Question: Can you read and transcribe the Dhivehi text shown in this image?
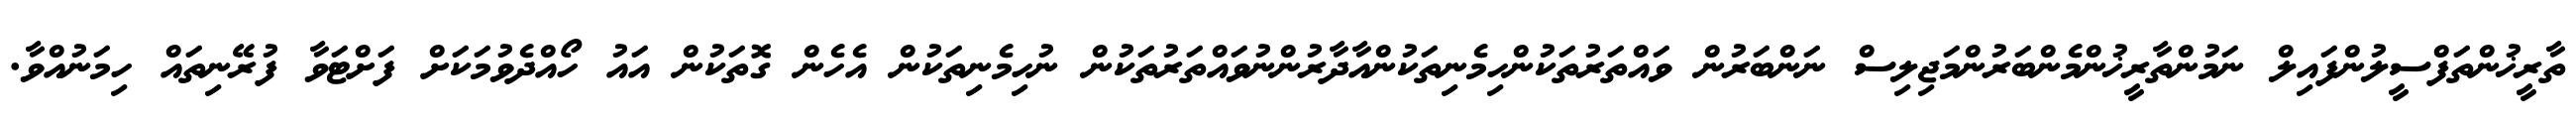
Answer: ތާރީޚުންތަފްސީލުންފައިލް ނަމުންތާރީޚުންމެންބަރުންމަޖިލިސް ނަންބަރުން ވައްތަރުތަކުންހިމެނިތަކުންއާދާރުންނުވައްތަރުތަކުން ނުހިމެނިތަކުން އެހެން ގޮތަކުން އައު ހޯއްދެވުމަކަށް ފަށްޓަވާ ފުރޭނިތައް ހިމަނުއްވާ.